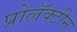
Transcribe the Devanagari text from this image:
प्रोलॅक्टीन